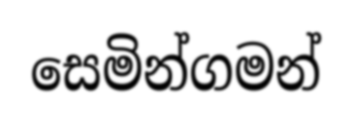
සෙමින්ගමන්